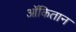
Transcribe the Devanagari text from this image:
ऑकितान